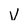
Character: V